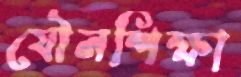
যৌনশিক্ষা